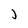
Character: j